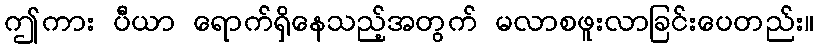
ဤကား ပီယာ ရောက်ရှိနေသည့်အတွက် မလာစဖူးလာခြင်းပေတည်း။